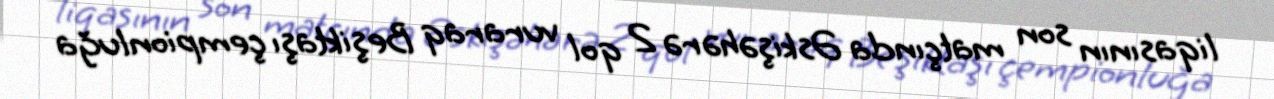
liqasının son matçında Əskişəhərə 2 qol vuraraq Beşiktaşı çempionluğa